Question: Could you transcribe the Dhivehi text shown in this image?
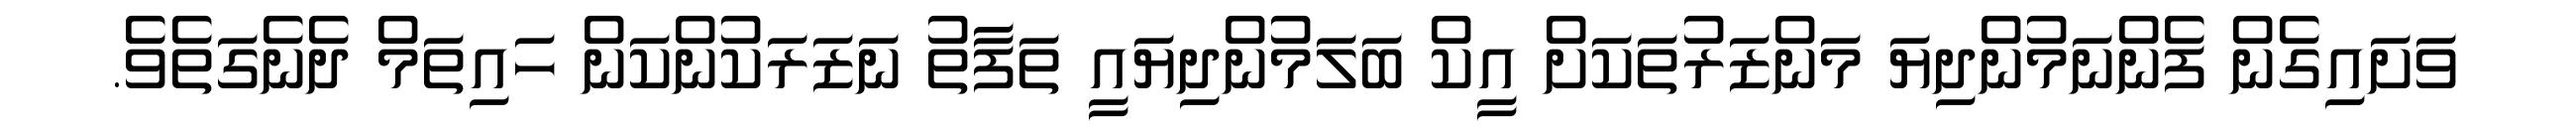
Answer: ވަށައިގެން ފެންނަމުންދިޔަ މަންޒަރުތަކަށް އީކް ބަލަމުންދިޔައީ ތަފާތު ނަޒަރަކުންކަން ހައިތަމް ދެނެގަތެވެ.